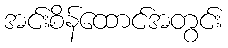
အင်းစိန်ထောင်အတွင်း